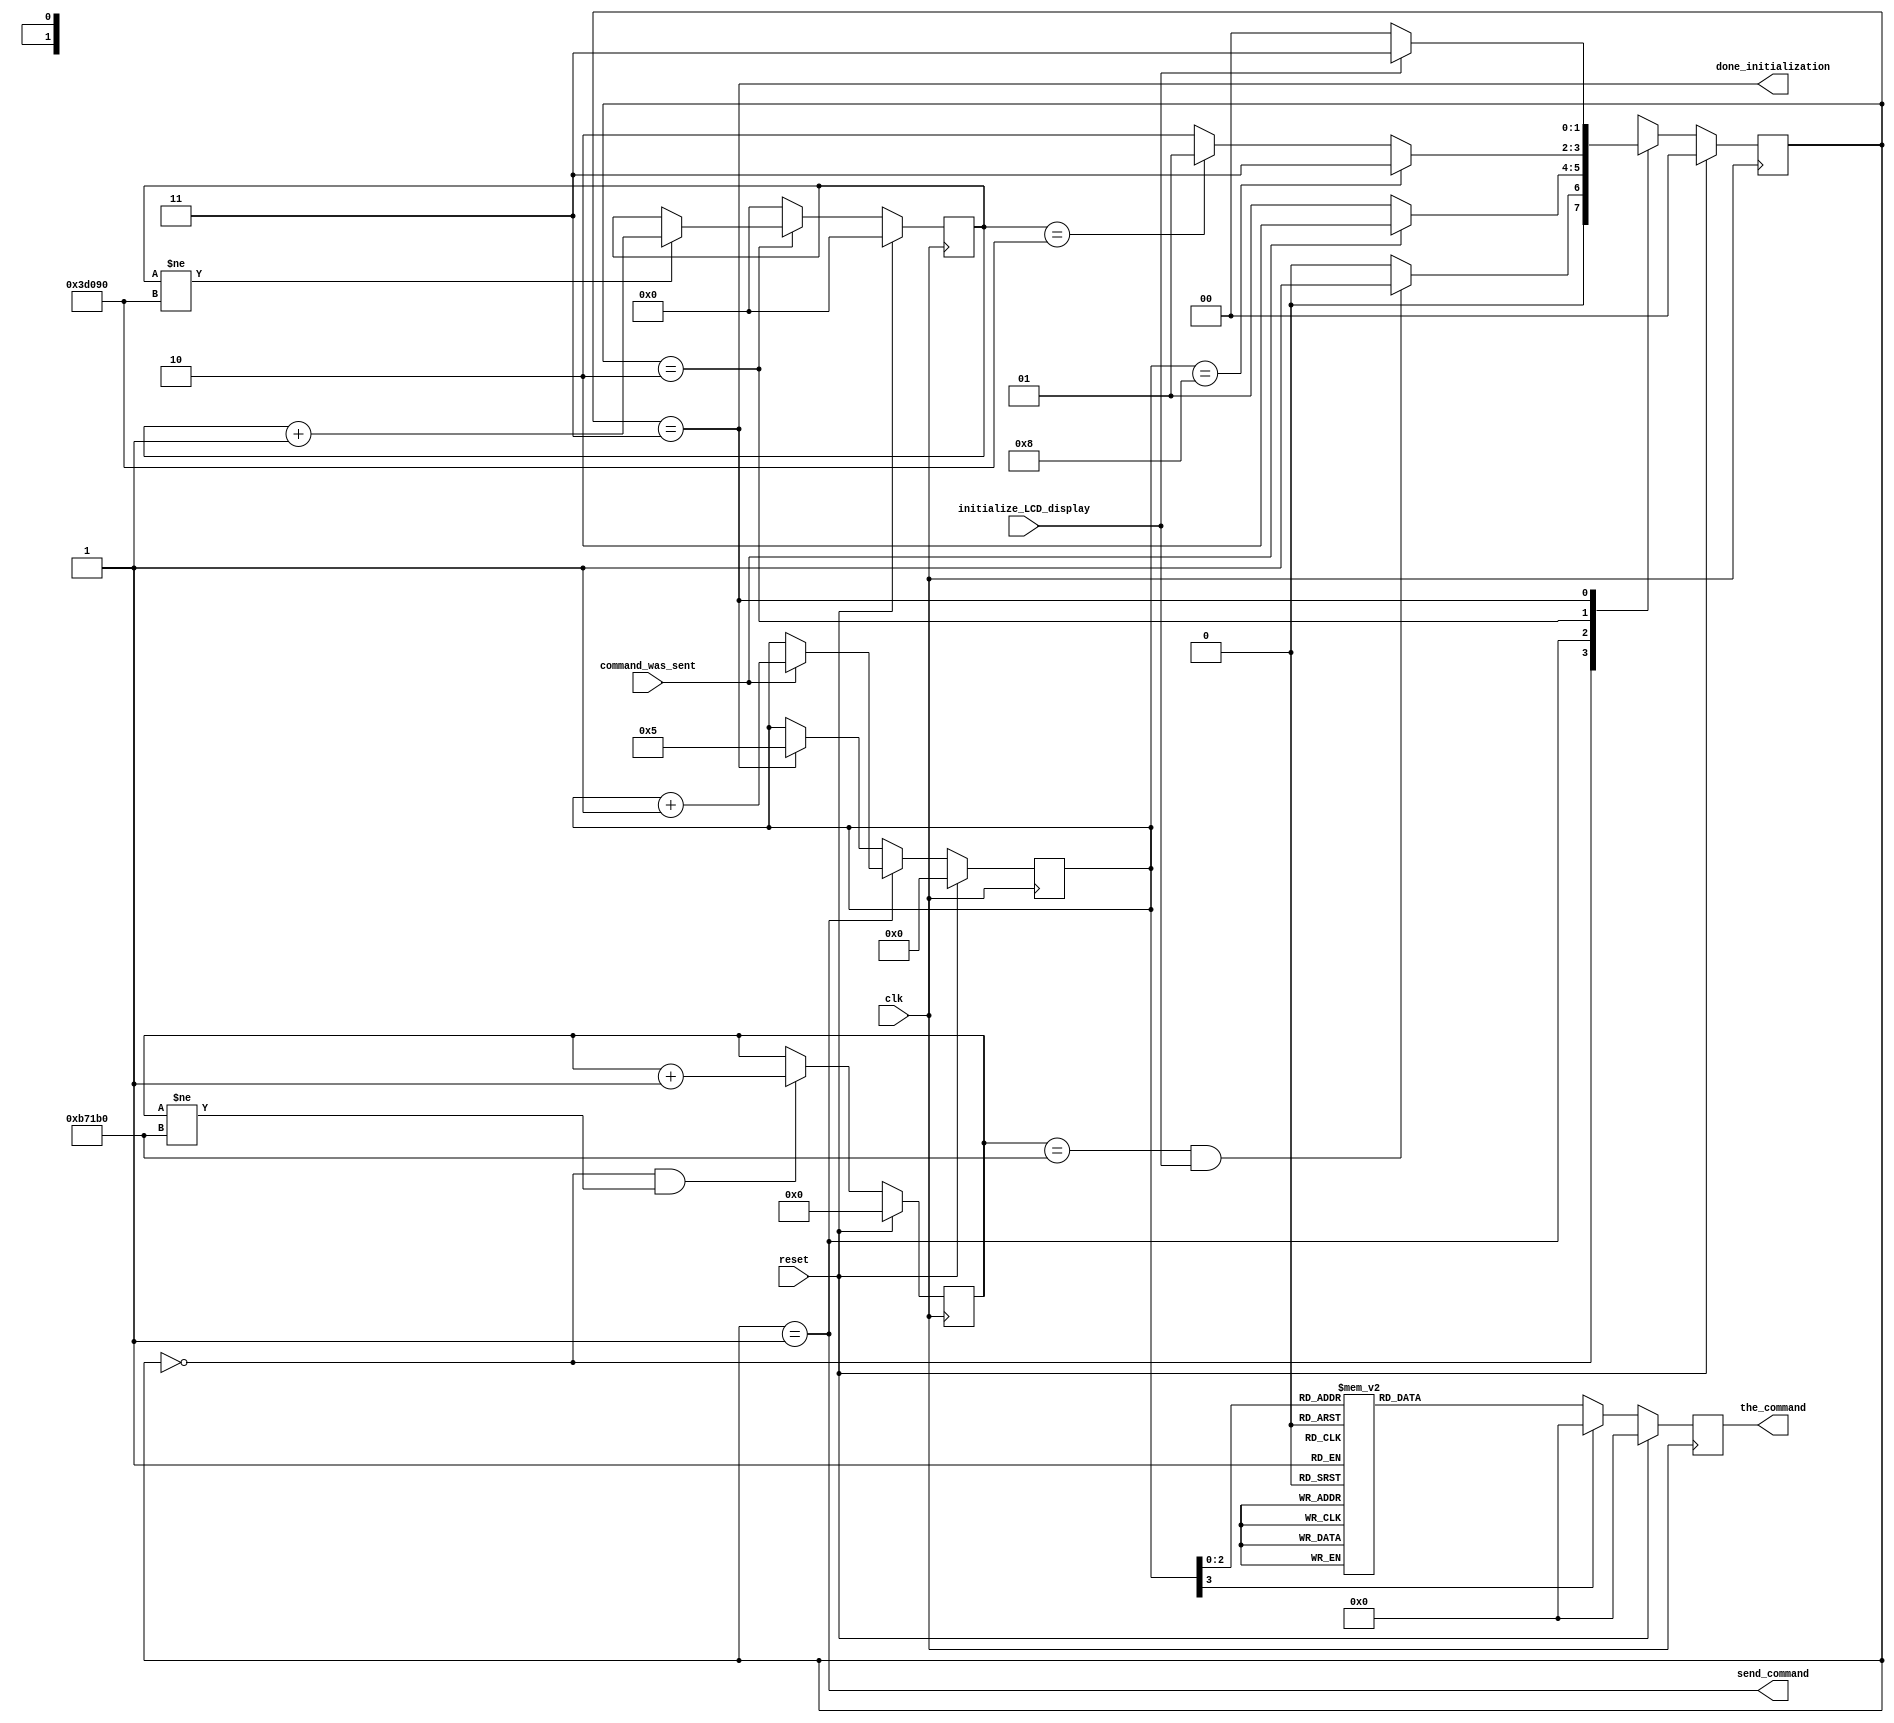
module altera_up_character_lcd_initialization (
	clk,
	reset,
	initialize_LCD_display,
	command_was_sent,
	done_initialization,
	send_command,
	the_command
);
parameter	CURSOR_ON						= 1'b1;
parameter	BLINKING_ON						= 1'b1;
parameter	CLOCK_CYCLES_FOR_15MS		= 750000;
parameter	W15								= 20;	
parameter	COUNTER_INCREMENT_FOR_15MS	= 20'h00001;
parameter	CLOCK_CYCLES_FOR_5MS			= 250000;
parameter	W5									= 18;	
parameter	COUNTER_INCREMENT_FOR_5MS	= 18'h00001;
input						clk;
input						reset;
input						initialize_LCD_display;
input						command_was_sent;
output					done_initialization;
output					send_command;
output reg	[ 8: 0]	the_command;
localparam	LCD_INIT_STATE_0_WAIT_POWER_UP	= 2'h0,
				LCD_INIT_STATE_1_SEND_COMMAND		= 2'h1,
				LCD_INIT_STATE_2_CHECK_DONE		= 2'h2,
				LCD_INIT_STATE_3_DONE				= 2'h3;
localparam	AUTO_INIT_LENGTH						= 4'h8;
reg			[ 8: 0]	command_rom;
reg			[W15: 1]	waiting_power_up;
reg			[W5: 1]	waiting_to_send;
reg			[ 3: 0]	command_counter;
reg			[ 1: 0]	ns_lcd_initialize;
reg			[ 1: 0]	s_lcd_initialize;
always @(posedge clk)
begin
	if (reset)
		s_lcd_initialize <= LCD_INIT_STATE_0_WAIT_POWER_UP;
	else
		s_lcd_initialize <= ns_lcd_initialize;
end
always @(*)
begin
	ns_lcd_initialize = LCD_INIT_STATE_0_WAIT_POWER_UP;
   case (s_lcd_initialize)
	LCD_INIT_STATE_0_WAIT_POWER_UP:
		begin
			if ((waiting_power_up == CLOCK_CYCLES_FOR_15MS) &
					(initialize_LCD_display))
				ns_lcd_initialize = LCD_INIT_STATE_1_SEND_COMMAND;
			else
				ns_lcd_initialize = LCD_INIT_STATE_0_WAIT_POWER_UP;
		end
	LCD_INIT_STATE_1_SEND_COMMAND:
		begin
			if (command_was_sent)
				ns_lcd_initialize = LCD_INIT_STATE_2_CHECK_DONE;
			else
				ns_lcd_initialize = LCD_INIT_STATE_1_SEND_COMMAND;
		end
	LCD_INIT_STATE_2_CHECK_DONE:
		begin
			if (command_counter == AUTO_INIT_LENGTH)
				ns_lcd_initialize = LCD_INIT_STATE_3_DONE;
			else if (waiting_to_send == CLOCK_CYCLES_FOR_5MS)
				ns_lcd_initialize = LCD_INIT_STATE_1_SEND_COMMAND;
			else
				ns_lcd_initialize = LCD_INIT_STATE_2_CHECK_DONE;
		end
	LCD_INIT_STATE_3_DONE:
		begin
			if (initialize_LCD_display)
				ns_lcd_initialize = LCD_INIT_STATE_3_DONE;
			else
				ns_lcd_initialize = LCD_INIT_STATE_0_WAIT_POWER_UP;
		end
	default:
		begin
			ns_lcd_initialize = LCD_INIT_STATE_0_WAIT_POWER_UP;
		end
	endcase
end
always @(posedge clk)
begin
	if (reset)
		the_command <= 9'h000;
	else
		the_command <= command_rom;
end
always @(posedge clk)
begin
	if (reset)
		waiting_power_up <= {W15{1'b0}};
	else if ((s_lcd_initialize == LCD_INIT_STATE_0_WAIT_POWER_UP) &&
				(waiting_power_up != CLOCK_CYCLES_FOR_15MS))
		waiting_power_up <= waiting_power_up + COUNTER_INCREMENT_FOR_15MS;
end
always @(posedge clk)
begin
	if (reset)
		waiting_to_send <= {W5{1'b0}};
	else if (s_lcd_initialize == LCD_INIT_STATE_2_CHECK_DONE)
	begin
		if (waiting_to_send != CLOCK_CYCLES_FOR_5MS)
			waiting_to_send <= waiting_to_send + COUNTER_INCREMENT_FOR_5MS;
	end
	else
		waiting_to_send <= {W5{1'b0}};
end
always @(posedge clk)
begin
	if (reset)
		command_counter <= 4'h0;
	else if (s_lcd_initialize == LCD_INIT_STATE_1_SEND_COMMAND)
	begin
		if (command_was_sent)
			command_counter <= command_counter + 4'h1;
	end
	else if (s_lcd_initialize == LCD_INIT_STATE_3_DONE)
		command_counter <= 4'h5;
end
assign send_command	= (s_lcd_initialize == LCD_INIT_STATE_1_SEND_COMMAND);
assign done_initialization = (s_lcd_initialize == LCD_INIT_STATE_3_DONE);
always @(*)
begin
	case (command_counter)
	0		:	command_rom	<=	9'h030;
	1		:	command_rom	<=	9'h030;
	2		:	command_rom	<=	9'h030;
	3		:	command_rom	<=	9'h03C;
	4		:	command_rom	<=	9'h008;
	5		:	command_rom	<=	9'h001;
	6		:	command_rom	<=	9'h006;
	7		:	command_rom	<=	{7'h03, CURSOR_ON, BLINKING_ON};
	default	:	command_rom	<=	9'h000;
	endcase
end
endmodule